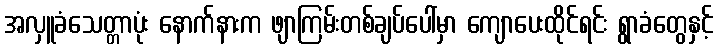
အလှူခံသေတ္တာပုံး နောက်နားက ဖျာကြမ်းတစ်ချပ်ပေါ်မှာ ကျောပေးထိုင်ရင်း ရွာခံတွေနှင့်